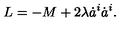
L = - M + 2 \lambda \dot { a } ^ { i } \dot { a } ^ { i } .